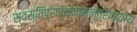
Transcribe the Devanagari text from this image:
स्वस्तिप्रार्थनामन्त्राध्याय